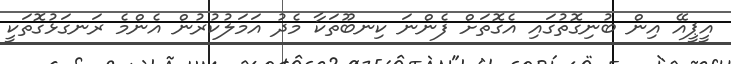
އީޕީއޭ އިން ބުނިގޮތުގައި އެގޮތަށް ފެންނަ ކިނބޫތަކާ މެދު އަމަލުކުރުން އެންމެ ރަނގަޅުގޮތަކީ